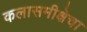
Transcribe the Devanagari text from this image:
कलासमीक्षेचा